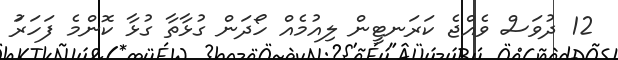
12 ދުވަސް ވެއްޖެ ކަރަނޓީން ލިއުމެއް ހޯދަން ގުޅާތާ ގުޅާ ކޮންމެ ފަހަރަު